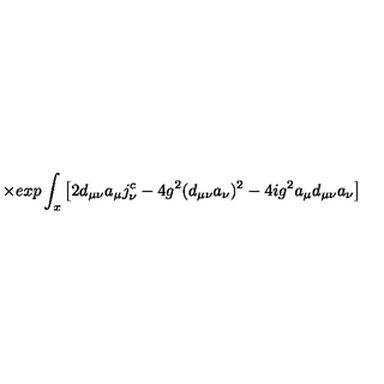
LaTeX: \qquad \times e x p \int _ { x } \left[ 2 d _ { \mu \nu } a _ { \mu } j _ { \nu } ^ { c } - 4 g ^ { 2 } ( d _ { \mu \nu } a _ { \nu } ) ^ { 2 } - 4 i g ^ { 2 } a _ { \mu } d _ { \mu \nu } a _ { \nu } \right]